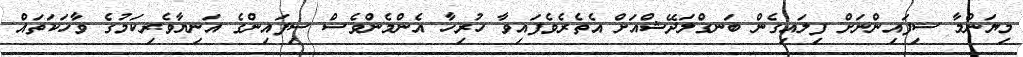
މިޔަންމާ ސިފައިންނަށް ފިލައިގެން ބަނގްލަދޭޝްއަށް އެތެރެވެފައިވާ ހުރިހާ އެންމެންވެސް ސިފައިންގެ އަނިޔާވެރިކަމުގެ ވާހަކަތައް